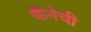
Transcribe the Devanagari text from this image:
कॅनेची